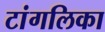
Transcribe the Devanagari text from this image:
टांगलिका